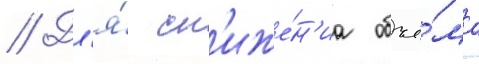
// Дл'я́ сн'иже́н'иа объё́ма